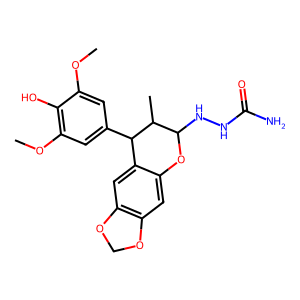
SMILES: COc1cc(C2c3cc4c(cc3OC(NNC(N)=O)C2C)OCO4)cc(OC)c1O
Inhibits HIV replication: No